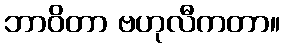
ဘာဝိတာ ဗဟုလီကတာ။